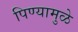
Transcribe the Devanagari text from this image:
पिण्यामुळे